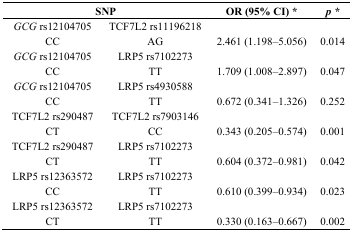
| <COLSPAN=2> SNP | OR (95% CI) * | p * |
 | --- | --- | --- | --- |
 | GCG rs12104705 | TCF7L2 rs11196218 |  |  |
 | CC | AG | 2.461 (1.198–5.056) | 0.014 |
 | GCG rs12104705 | LRP5 rs7102273 |  |  |
 | CC | TT | 1.709 (1.008–2.897) | 0.047 |
 | GCG rs12104705 | LRP5 rs4930588 |  |  |
 | CC | TT | 0.672 (0.341–1.326) | 0.252 |
 | TCF7L2 rs290487 | TCF7L2 rs7903146 |  |  |
 | CT | CC | 0.343 (0.205–0.574) | 0.001 |
 | TCF7L2 rs290487 | LRP5 rs7102273 |  |  |
 | CT | TT | 0.604 (0.372–0.981) | 0.042 |
 | LRP5 rs12363572 | LRP5 rs7102273 |  |  |
 | CC | TT | 0.610 (0.399–0.934) | 0.023 |
 | LRP5 rs12363572 | LRP5 rs7102273 |  |  |
 | CT | TT | 0.330 (0.163–0.667) | 0.002 |